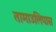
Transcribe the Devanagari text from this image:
तामाउलिपास